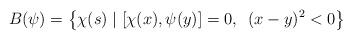
LaTeX: \begin{align*}B(\psi )=\left\{ \chi (s)\mid [\chi (x),\psi (y)]=0,\,\,\,(x-y)^{2}<0\right\}\end{align*}